Annual report on the health of the army in India
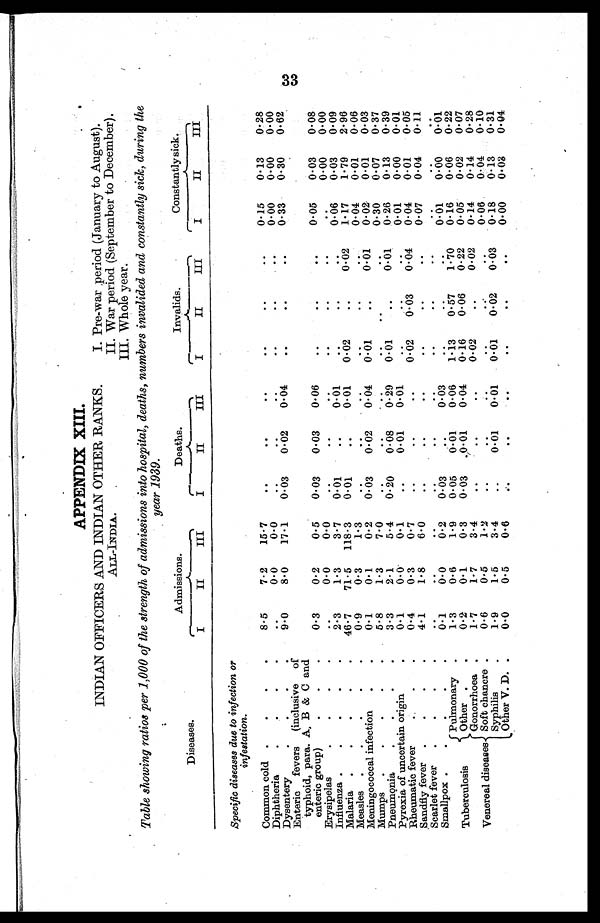
APPENDIX XIII.
INDIAN OFFICERS AND INDIAN OTHER RANKS.
ALL-INDIA.
P
I. Pre-war period (January to August).
II. War period (September to December).
III. Whole year.
Table showing ratios per 1,000 of the strength of admissions into hospital, deaths, numbers invalided and constantly sick, during the
year 1939.
Diseases.
Specific diseases due to infection or
infestation.
Admissions.
Deaths.
Invalids.
Constantly sick.
I
II
III
I
II
III
I
II
III
I
II
III
Common cold
8.5
7.2
15.7
.. .. .. .. .. ..
0.15
0.13
0.28
Diphtheria
..
0.0
0.0
..
..
..
..
..
..
0.00
0.00
0.00
Dysentery
9.0
8.0
17.1
0.03
0.02
0.04
. .
..
. .
0.33
0.30
0.62
Enteric fevers (inclusive of
typhoid, para. A. B & C and
enteric group)
0.3
0.2
0.5
0.03
0.03
0.06
..
..
..
0.05
0.03
0.08
Erysipelas
..
0.0
0.0
..
..
..
..
..
..
..
0.00
0.00
Influenza
2.3
1.3
3.7
0.01
..
0.01
..
..
..
0.06
0.03
0.09
Malaria
46.7
71.5
118.3
0.0
..
0.01
0.02
..
0.02
1.17
1.79
2.96
Measles
0.9
0.3
1.3
..
..
. .
. .
. .
. .
0.04
0.01
0.06
Meningococcal infection
0.1
0.1
0.2
0.03
0.02
0.04
0.01
..
0-01
0.02
0.01
0.03
Mumps
5.8
1.3
7.0
..
..
..
..
..
..
0.30
0.07
0.37
Pneumonia
Pyrexia of uncertain origin
3.3
0.1
2.1
0.0
5.4
0.
0.20
..
0.08
0.01
0.29
0.01
0.01 . .
... .
0.01
..
0.26
0.01
0.13
0.00
0.39
0.01
Rheumatic fever
0.4
0.3
0.
..
..
..
0.0
0.03
0.04
0.04
0.01
0.05
Sandfly fever
4.1
1.8
6.0
..
..
..
..
..
..
0.07
0.04
0.11
Scarlet fever
..
..
..
..
..
. .
. .
. .
. .
. .
..
. .
Smallpox
0.1
0.0
0.2
0.0
. .
0.03
..
..
..
0.01
0.00
0.01
Tuberculosis
Pulmonary
1.3
0.6
1.9
0.05
0.01
0.06
1.13
0.57
1.70
0.16
0.06
0.22
Other
0.2
0.1
0.3
0.0
0.01
0.04
0.16
0.06
0.22
0.05
0.02
0.07
Venereal diseases
Gonorrhoea
1.7
1.7
3.4 ..
. .
. . 0.02
. . 0.02
0.14
0.14
0.28
Soft chancre
0.6
0 . 5
1.2
..
..
..
. .
..
. .
0.06
0.01
0.10
Syphilis
1.9
1.5
3. 4
. .
0.01
0.01
0.01
0.02
0.03
0.18
0.13
0.31
Other V. D.
0.0
0.5
0.6
..
..
..
..
..
..
0.00
0.08
0.04